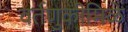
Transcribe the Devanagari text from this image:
वर्तणुकीमिळे